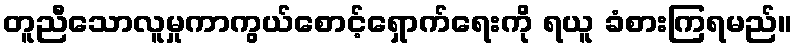
တူညီသောလူမှုကာကွယ်စောင့်ရှောက်ရေးကို ရယူ ခံစားကြရမည်။